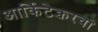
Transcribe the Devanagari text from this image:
आर्किटेक्चरचा